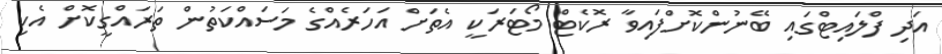
އަދި ފްލައިޓްގައި ބޭނުންކޮށްފައިވާ ރޮކެޓް މޯޓަރަކީ އެތަށް އަހަރެއްގެ މަސައްކަތުން ތަރައްގީކޮށް އެކި